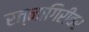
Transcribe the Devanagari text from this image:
रत्‍नागिरीवर